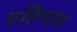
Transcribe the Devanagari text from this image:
प्रतिपाद